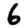
Digit: 6